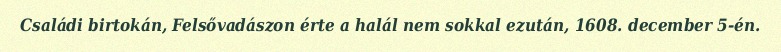
Családi birtokán, Felsővadászon érte a halál nem sokkal ezután, 1608. december 5-én.